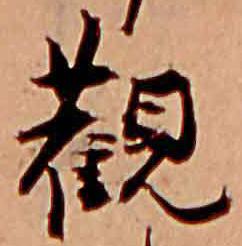
観